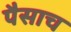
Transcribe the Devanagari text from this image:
पैसाच